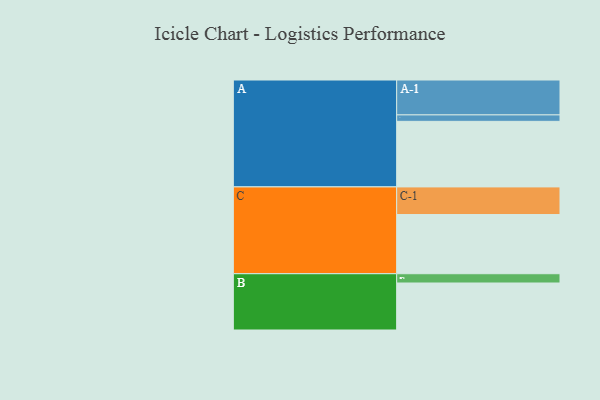
{"axis": {"x": "Segment", "y": "Value"}, "legend": ["", "A", "B", "C"], "data": [{"x": "A", "y": 558, "type": ""}, {"x": "B", "y": 400, "type": ""}, {"x": "C", "y": 504, "type": ""}, {"x": "A-1", "y": 297, "type": "A"}, {"x": "A-2", "y": 55, "type": "A"}, {"x": "B-1", "y": 79, "type": "B"}, {"x": "C-1", "y": 235, "type": "C"}]}